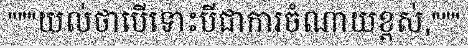
"""យល់ថាបើទោះបីជាការចំណាយខ្ពស់,"""